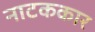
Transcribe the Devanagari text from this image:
नाटककार